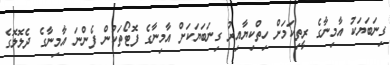
ގިނަބަޔަކު އާމިނާގެ ރީތިކަމަށް ހިތްކިޔާއިރު ގިނަބަޔަކަށް އާމިނާގެ ފޮޓޯތަކުން ފެންނަ އާމިނާގެ ދެލޮލޮގެ